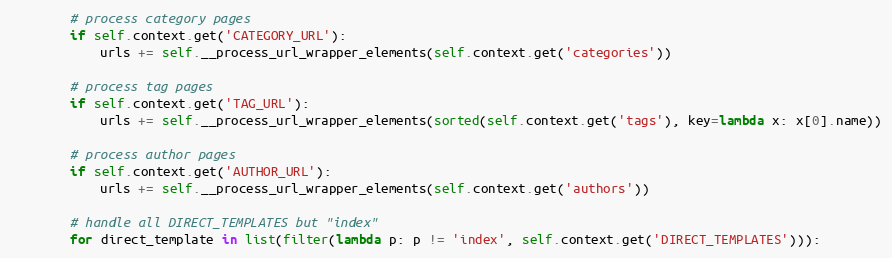
Language: Python
        # process category pages
        if self.context.get('CATEGORY_URL'):
            urls += self.__process_url_wrapper_elements(self.context.get('categories'))

        # process tag pages
        if self.context.get('TAG_URL'):
            urls += self.__process_url_wrapper_elements(sorted(self.context.get('tags'), key=lambda x: x[0].name))

        # process author pages
        if self.context.get('AUTHOR_URL'):
            urls += self.__process_url_wrapper_elements(self.context.get('authors'))

        # handle all DIRECT_TEMPLATES but "index"
        for direct_template in list(filter(lambda p: p != 'index', self.context.get('DIRECT_TEMPLATES'))):